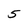
Character: 5